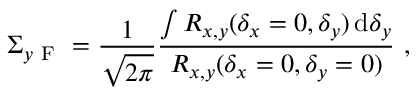
\Sigma _ { y \mathrm { ~ F ~ } } = \frac { 1 } { { \sqrt { 2 \pi } } } \frac { { \int { R _ { x , y } ( \delta _ { x } = 0 , \delta _ { y } ) \, \mathrm { d } \delta _ { y } } } } { { R _ { x , y } ( \delta _ { x } = 0 , \delta _ { y } = 0 ) } } ~ ,